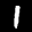
Label: 1